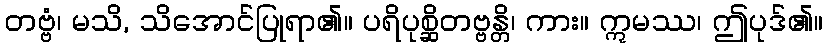
တဗ္ဗံ၊ မသိ, သိအောင်ပြုရာ၏။ ပရိပုစ္ဆိတဗ္ဗန္တိ၊ ကား။ ဣမဿ၊ ဤပုဒ်၏။